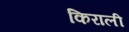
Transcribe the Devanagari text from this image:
किराली